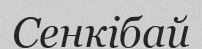
Сенкібай